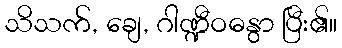
သိသက်, ချေ, ဂါဏ္ဍီဝဓနွာ ပြီး၏။